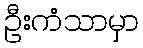
ဦးကံသာမှာ